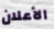
الأعلان